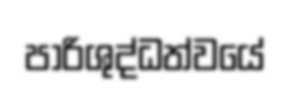
පාරිශුද්ධත්වයේ